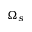
\Omega _ { s }